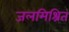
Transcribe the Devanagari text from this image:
जलमिश्रित